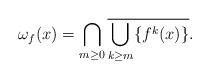
LaTeX: \begin{align*}\omega_f (x)=\bigcap_{m\geq 0} \overline{\bigcup_{k\geq m}\{f^k(x) \}}. \end{align*}